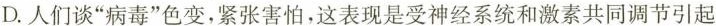
D.人们谈”病毒”色变，紧张害怕，这表现是受神经系统和激素共同调节引起